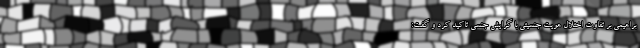
براهیمی بر تفاوت اختلال هویت جنسیتی با گرایش جنسی تاکید کرد و گفت: